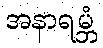
အနာရမ္ဘံ